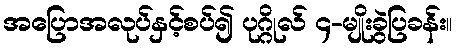
အပြောအလုပ်နှင့်စပ်၍ ပုဂ္ဂိုလ် ၄-မျိုးခွဲပြခန်း။